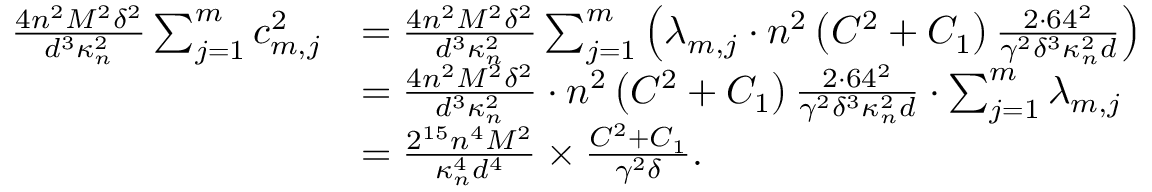
\begin{array} { r l } { \frac { 4 n ^ { 2 } M ^ { 2 } \delta ^ { 2 } } { d ^ { 3 } \kappa _ { n } ^ { 2 } } \sum _ { j = 1 } ^ { m } c _ { m , j } ^ { 2 } } & { = \frac { 4 n ^ { 2 } M ^ { 2 } \delta ^ { 2 } } { d ^ { 3 } \kappa _ { n } ^ { 2 } } \sum _ { j = 1 } ^ { m } \left( \lambda _ { m , j } \cdot n ^ { 2 } \left( C ^ { 2 } + C _ { 1 } \right) \frac { 2 \cdot 6 4 ^ { 2 } } { \gamma ^ { 2 } \delta ^ { 3 } \kappa _ { n } ^ { 2 } d } \right) } \\ & { = \frac { 4 n ^ { 2 } M ^ { 2 } \delta ^ { 2 } } { d ^ { 3 } \kappa _ { n } ^ { 2 } } \cdot n ^ { 2 } \left( C ^ { 2 } + C _ { 1 } \right) \frac { 2 \cdot 6 4 ^ { 2 } } { \gamma ^ { 2 } \delta ^ { 3 } \kappa _ { n } ^ { 2 } d } \cdot \sum _ { j = 1 } ^ { m } \lambda _ { m , j } } \\ & { = \frac { 2 ^ { 1 5 } n ^ { 4 } M ^ { 2 } } { \kappa _ { n } ^ { 4 } d ^ { 4 } } \times \frac { C ^ { 2 } + C _ { 1 } } { \gamma ^ { 2 } \delta } . } \end{array}